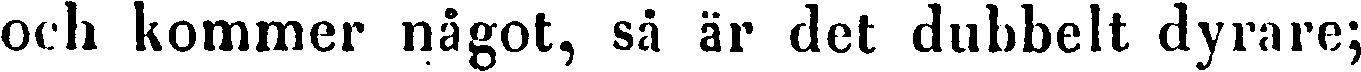
och kommer något, så är det dubbelt dyrare;